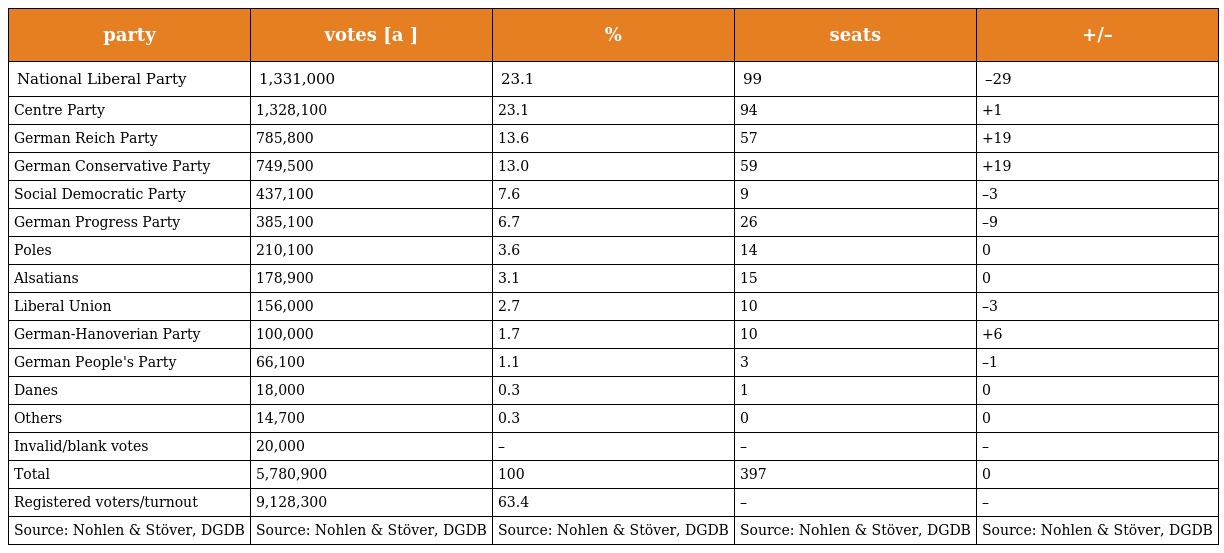
| party | votes [a ] | % | seats | +/– |
 | --- | --- | --- | --- | --- |
 | National Liberal Party | 1,331,000 | 23.1 | 99 | –29 |
 | Centre Party | 1,328,100 | 23.1 | 94 | +1 |
 | German Reich Party | 785,800 | 13.6 | 57 | +19 |
 | German Conservative Party | 749,500 | 13.0 | 59 | +19 |
 | Social Democratic Party | 437,100 | 7.6 | 9 | –3 |
 | German Progress Party | 385,100 | 6.7 | 26 | –9 |
 | Poles | 210,100 | 3.6 | 14 | 0 |
 | Alsatians | 178,900 | 3.1 | 15 | 0 |
 | Liberal Union | 156,000 | 2.7 | 10 | –3 |
 | German-Hanoverian Party | 100,000 | 1.7 | 10 | +6 |
 | German People's Party | 66,100 | 1.1 | 3 | –1 |
 | Danes | 18,000 | 0.3 | 1 | 0 |
 | Others | 14,700 | 0.3 | 0 | 0 |
 | Invalid/blank votes | 20,000 | – | – | – |
 | Total | 5,780,900 | 100 | 397 | 0 |
 | Registered voters/turnout | 9,128,300 | 63.4 | – | – |
 | Source: Nohlen & Stöver, DGDB | Source: Nohlen & Stöver, DGDB | Source: Nohlen & Stöver, DGDB | Source: Nohlen & Stöver, DGDB | Source: Nohlen & Stöver, DGDB |